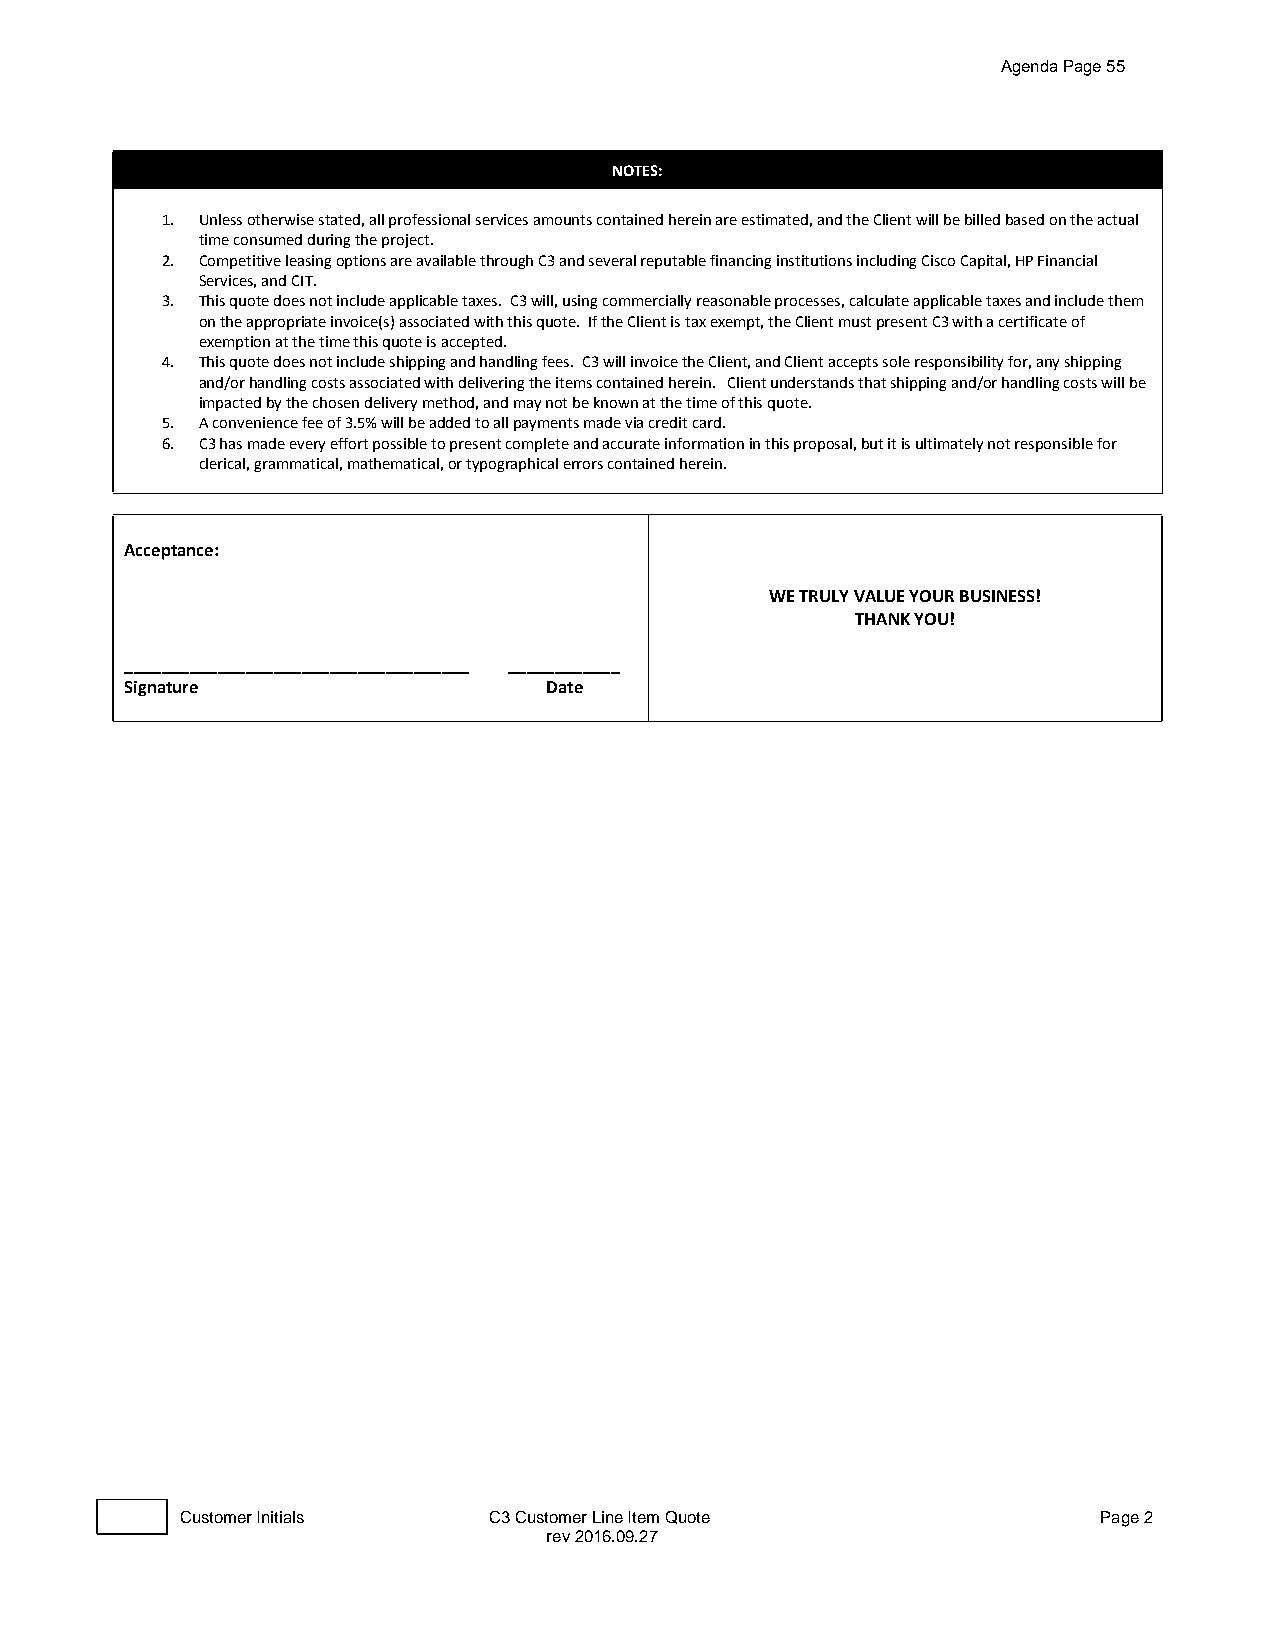
Agenda Page 55
 NOTES:
 1. Unless otherwise stated, all professional services amounts contained herein are estimated, and the Client will be billed based on the actual
 time consumed during the project.
 2. Competitive leasing options are available through C3 and several reputable financing institutions including Cisco Capital, HP Financial
 Services, and CIT.
 3. This quote does not include applicable taxes. C3 will, using commercially reasonable processes, calculate applicable taxes and include them
 on the appropriate invoice(s) associated with this quote. If the Client is tax exempt, the Client must present C3 with a certificate of
 exemption at the time this quote is accepted.
 4. This quote does not include shipping and handling fees. C3 will invoice the Client, and Client accepts sole responsibility for, any shipping
 and/or handling costs associated with delivering the items contained herein. Client understands that shipping and/or handling costs will be
 impacted by the chosen delivery method, and may not be known at the time of this quote.
 5. A convenience fee of 3.5% will be added to all payments made via credit card.
 6. C3 has made every effort possible to present complete and accurate information in this proposal, but it is ultimately not responsible for
 clerical, grammatical, mathematical, or typographical errors contained herein.
 Acceptance:
 WE TRULY VALUE YOUR BUSINESS!
 THANK YOU!
 _____________________________________ ____________
 Signature                   Date
 D
 Customer Initials   C3 Customer Line Item Quote              Page 2
 rev 2016.09.27